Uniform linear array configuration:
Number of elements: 24
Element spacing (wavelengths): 0.5
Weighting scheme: cosine
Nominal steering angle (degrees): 45
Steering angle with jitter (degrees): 44.367
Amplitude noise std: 0.05
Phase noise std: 0.05

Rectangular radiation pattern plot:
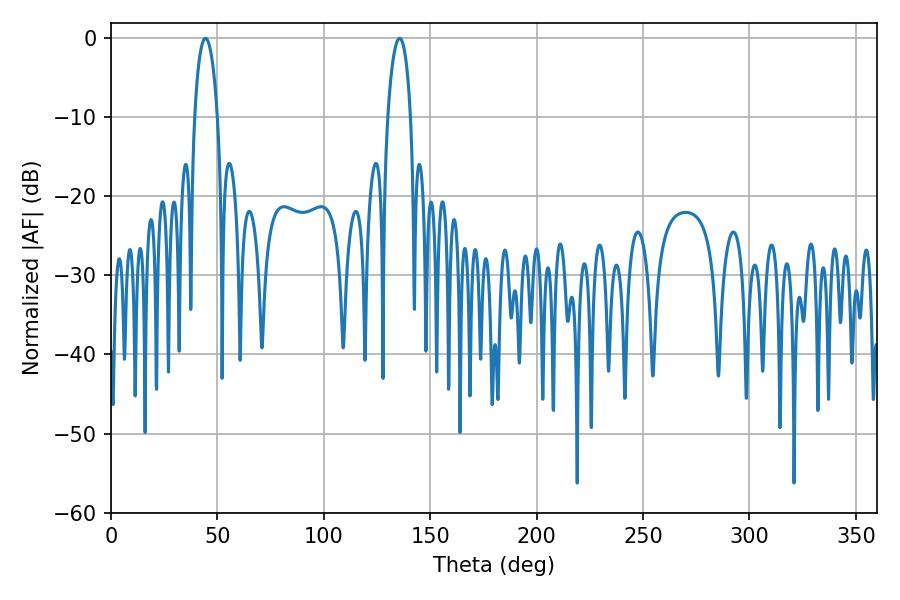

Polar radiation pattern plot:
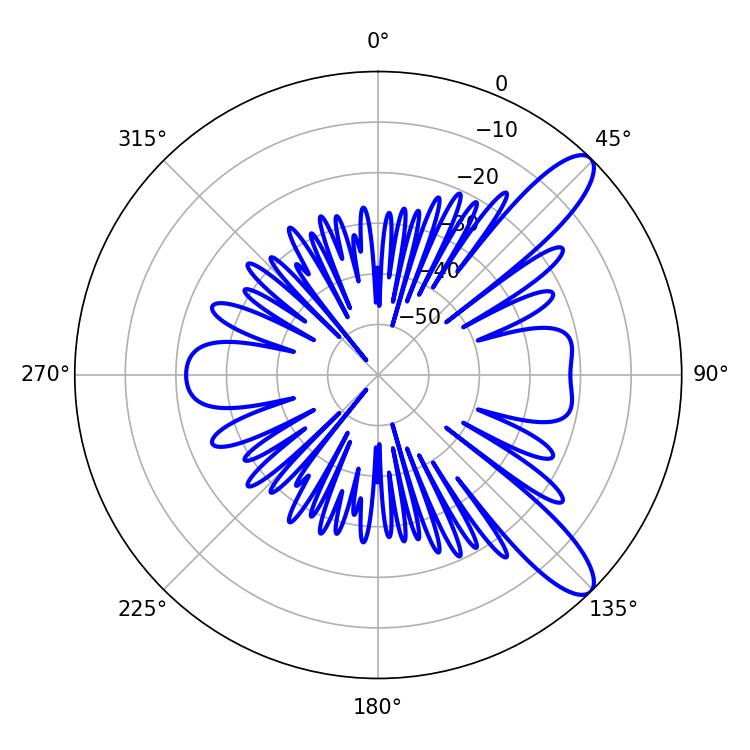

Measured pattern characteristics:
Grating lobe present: FALSE
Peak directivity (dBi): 10.855
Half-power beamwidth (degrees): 6.12
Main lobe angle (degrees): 135.54